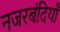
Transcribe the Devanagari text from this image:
नजरबंदियाँ